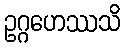
ဥဂ္ဂဟေဿသိ